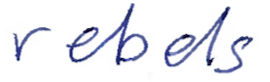
Text: rebels
Cross-out: clean
Writing tool: ballpoint